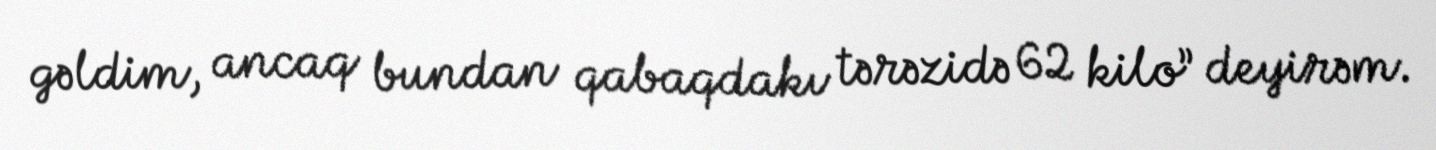
gəldim, ancaq bundan qabaqdakı tərəzidə 62 kilo” deyirəm.